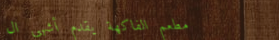
مطعم الفاكهة يقدم أشهى ال